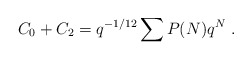
\begin{align*} C_0+C_2=q^{-1/12}\sum P(N)q^N{}~.\end{align*}